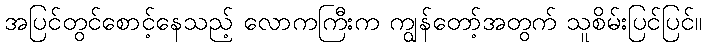
အပြင်တွင်စောင့်နေသည့် လောကကြီးက ကျွန်တော့်အတွက် သူစိမ်းပြင်ပြင်။